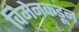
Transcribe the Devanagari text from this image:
विमेनकडून